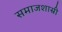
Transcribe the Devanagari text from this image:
समाजशास्री